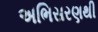
અભિસરણથી